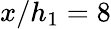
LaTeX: x/h_{1}=8